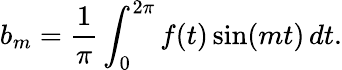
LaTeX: b_{m}={\frac{1}{\pi}}\int_{0}^{2\pi}f(t)\sin(mt)\, dt.